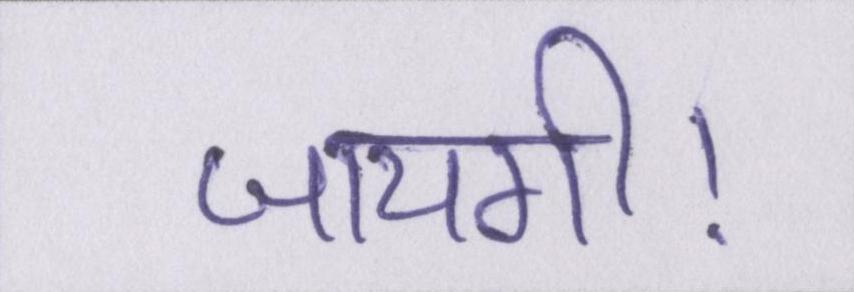
जायगी।